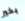
بخير